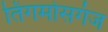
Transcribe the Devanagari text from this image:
तिंगमोसगंज